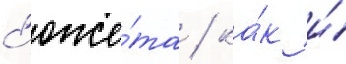
с'юже́та / ка́к и́